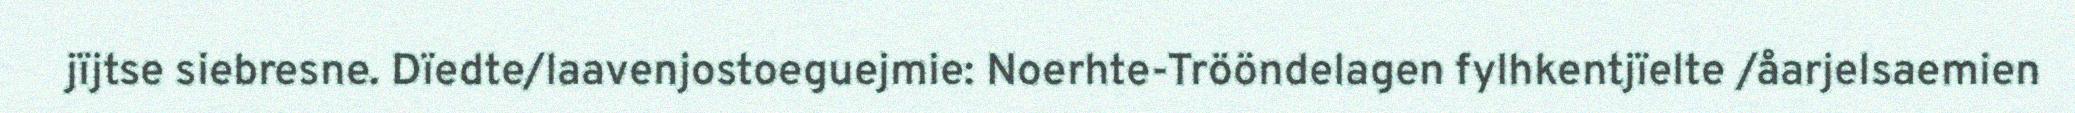
jïjtse siebresne. Dïedte/laavenjostoeguejmie: Noerhte-Trööndelagen fylhkentjïelte /åarjelsaemien